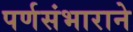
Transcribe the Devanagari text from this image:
पर्णसंभाराने